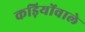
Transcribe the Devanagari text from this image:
कड़ियोंवाले